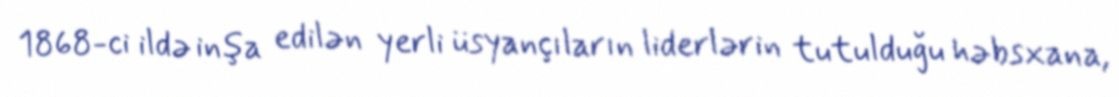
1868-ci ildə inşa edilən yerli üsyançıların liderlərin tutulduğu həbsxana,